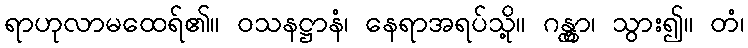
ရာဟုလာမထေရ်၏။ ဝသနဋ္ဌာနံ၊ နေရာအရပ်သို့။ ဂန္တွာ၊ သွား၍။ တံ၊